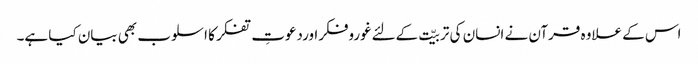
اس کے علاوہ قرآن نے انسان کی تربیّت کےلئےغوروفکراوردعوتِ تفکر کا اسلوب بھی بیان کیا ہے۔